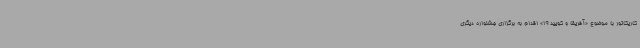
کاریکاتور با موضوع «آفریقا و کویید 19» اقدام به برگزاری جشنواره دیگری